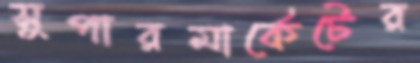
সুপারমার্কেটের